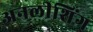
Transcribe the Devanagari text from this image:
अनलीशिंग